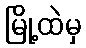
မြို့ထဲမှ